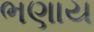
ભણાય